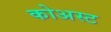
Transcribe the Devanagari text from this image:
कोअस्ट